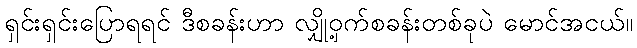
ရှင်းရှင်းပြောရရင် ဒီစခန်းဟာ လျှို့ဝှက်စခန်းတစ်ခုပဲ မောင်အငယ်။